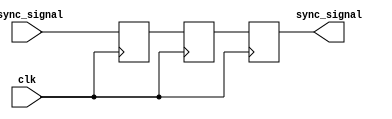
module two_flop_synchronizer (
    input wire clk,
    input wire async_signal,
    output reg sync_signal
);

reg ff1;
reg ff2;

always @(posedge clk) begin
    ff1 <= async_signal;
end

always @(posedge clk) begin
    ff2 <= ff1;
    sync_signal <= ff2;
end

endmodule